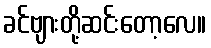
ခင်ဗျားတို့ဆင်းတော့လေ။